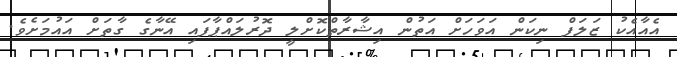
އެއާއެކު ޒަލަފް ނިކަން އަވަހަށް އަތުން އިޝާރާތްކޮށްލީ ދޮރުލައްޕާފައި އޭނާގެ ގާތަށް އައުމަށެވެ.